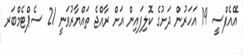
އޭއެފްސީ 19 އަހަރުން ދަށުގެ ކޮލިފައިން އަށް ރާއްޖެ ތައްޔާރުވަނީ 21 ސެޕްޓެމްބަރ